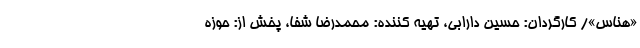
«هناس»/ کارگردان: حسین دارابی، تهیه کننده: محمدرضا شفا، پخش از: حوزه